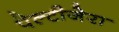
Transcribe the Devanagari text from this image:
पेल्टीजेरा